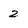
Character: 2